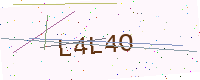
Text: L4L4O